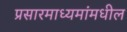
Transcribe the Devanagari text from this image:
प्रसारमाध्‍यमांमधील